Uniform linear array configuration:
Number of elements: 4
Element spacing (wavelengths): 1
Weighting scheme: blackman
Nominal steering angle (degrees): -15
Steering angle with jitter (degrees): -16.791
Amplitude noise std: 0.05
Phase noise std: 0.05

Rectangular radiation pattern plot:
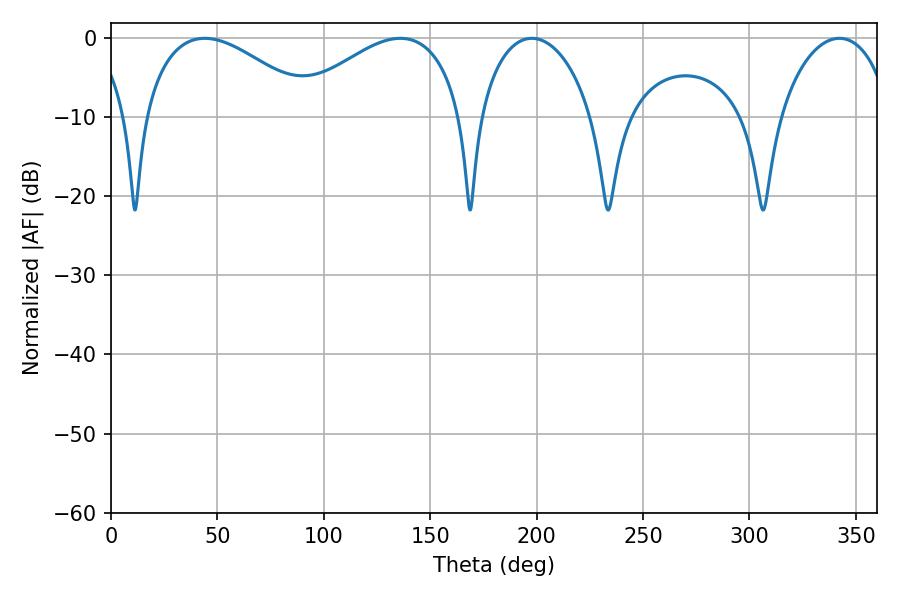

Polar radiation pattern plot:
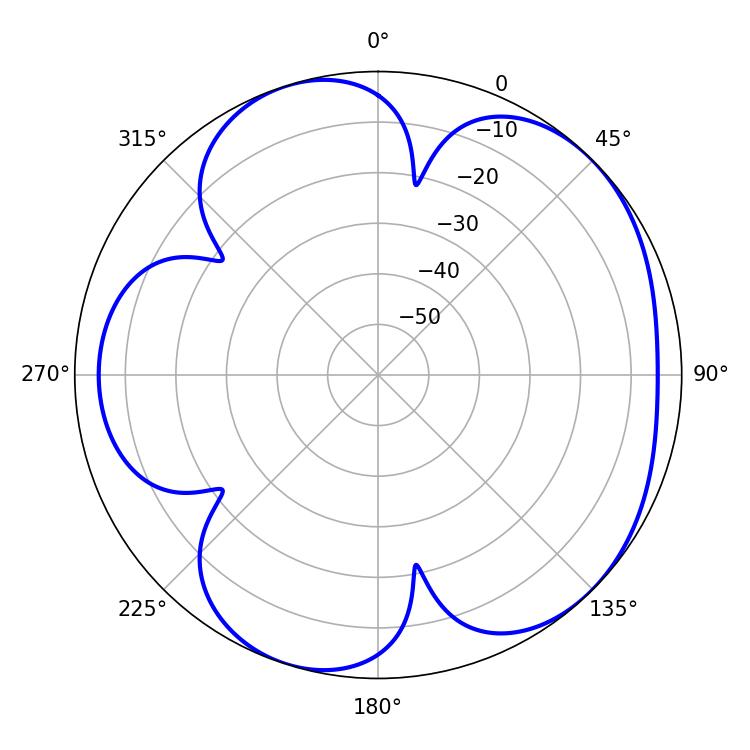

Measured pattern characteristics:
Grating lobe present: TRUE
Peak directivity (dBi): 5.06
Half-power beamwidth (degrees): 44.64
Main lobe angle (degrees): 44.1